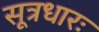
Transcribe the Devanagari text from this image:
सूत्रधारः